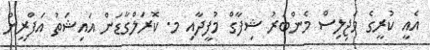
އެއީ ކުރީގެ މަޖިލިސް މެންބަރު ޝިފާގް މުފީދާއި މ. ކޮރަލްގާޑަން އައިޝަތު އަފްރީން